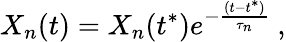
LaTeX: X_{n}(t)=X_{n}(t^{*})e^{-\frac{(t-t^{*})}{\tau_{n}}}~,